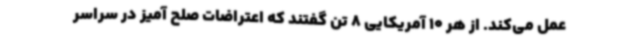
عمل می‌کند. از هر 10 آمریکایی 8 تن گفتند که اعتراضات صلح آمیز در سراسر